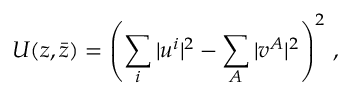
{ \cal U } ( z , \bar { z } ) = \left( \sum _ { i } \vert u ^ { i } \vert ^ { 2 } - \sum _ { A } \vert v ^ { A } \vert ^ { 2 } \right) ^ { 2 } \, ,